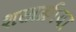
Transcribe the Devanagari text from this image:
शस्त्रक्रीया